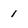
Character: 1